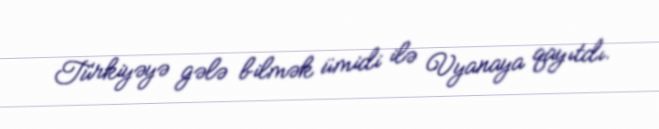
Türkiyəyə gələ bilmək ümidi ilə Vyanaya qayıtdı.